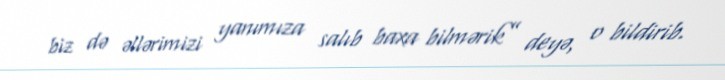
biz də əllərimizi yanımıza salıb baxa bilmərik” deyə, o bildirib.